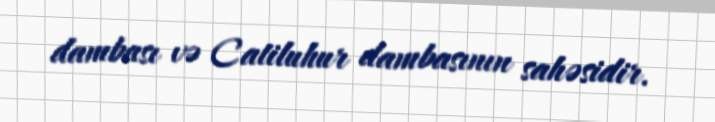
dambası və Catiluhur dambasının sahəsidir.